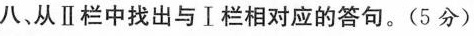
八、从II栏中找出与I相对应的答句。（5分）